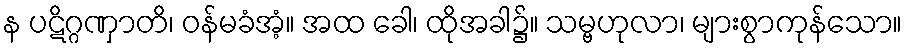
န ပဋိဂ္ဂဏှာတိ၊ ဝန်မခံအံ့။ အထ ခေါ၊ ထိုအခါ၌။ သမ္ဗဟုလာ၊ များစွာကုန်သော။